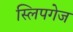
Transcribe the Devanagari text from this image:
स्लिपगेज